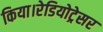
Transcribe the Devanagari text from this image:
किया।रेडियोट्रेसर